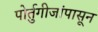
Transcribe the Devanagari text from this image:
पोर्तुगीजांपासून